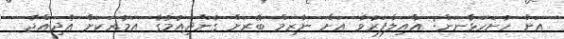
އަށް ހުށަހަޅާނަން: އާއިލާފަރުވާ އަށް ނާޒިމް ބޭރަށް ގެންދިއުމުގެ އަމުރަކަށް އެދިއްޖެ